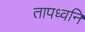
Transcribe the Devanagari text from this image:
तापध्वनि